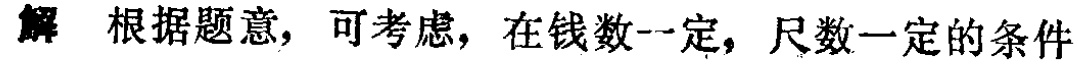
解 根据题意，可考虑，在钱数一定，尺数一定的条件